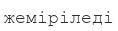
жеміріледі